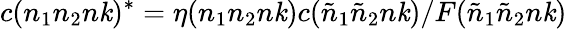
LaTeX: c(n_{1}n_{2}n\mathit{k})^{*}=\eta(n_{1}n_{2}n\mathit{k})c({\tilde{{n}}}_{1}{\tilde{{n}}}_{2}n\mathit{k})/F({\tilde{{n}}}_{1}{\tilde{{n}}}_{2}n\mathit{k})